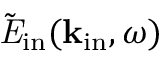
\tilde { \it E } _ { \mathrm { i n } } ( { \bf k } _ { \mathrm { i n } } , \omega )